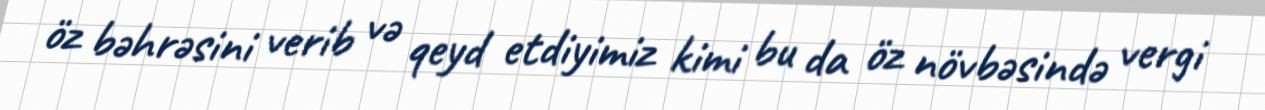
öz bəhrəsini verib və qeyd etdiyimiz kimi bu da öz növbəsində vergi